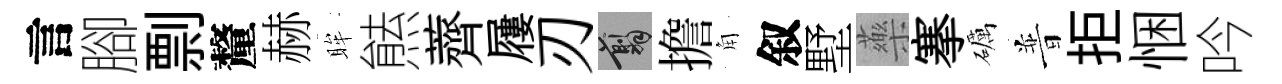
言腳剽釐赫眸㷱薺屨刃翦擔角叙墅藥搴礪普拒悃吟